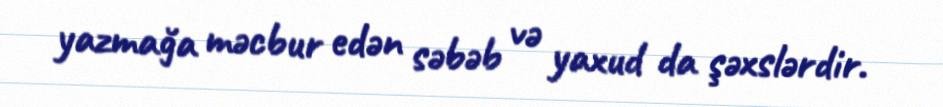
yazmağa məcbur edən səbəb və yaxud da şəxslərdir.